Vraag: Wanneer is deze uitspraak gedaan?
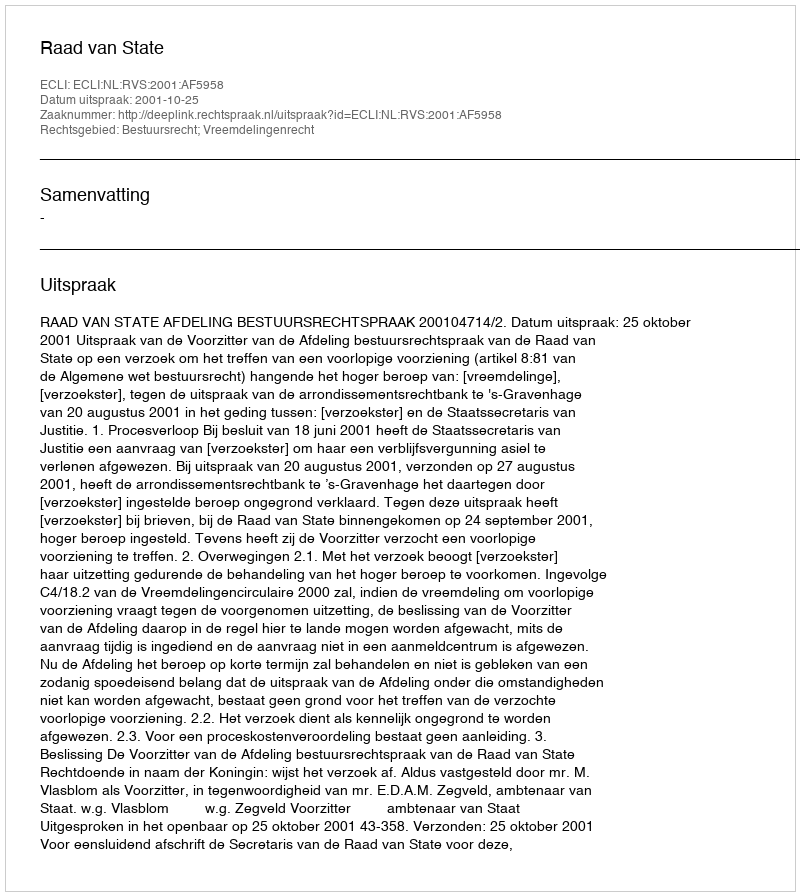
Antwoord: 2001-10-25